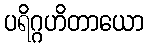
ပရိဂ္ဂဟိတာယော